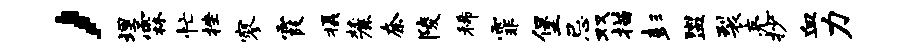
，埋霖忙挫寥霞摄麓奈陵稀霏堡忌双描彭盥裂亮抄血力